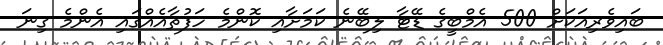
ބައިވެރިއަކަށް 500 އެމްބީގެ ޑޭޓާ ލިބޭނެ ކަމަށާއި ކޮންމެ ހަފުތާއެއްގައި އެންމެ ގިނަ